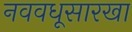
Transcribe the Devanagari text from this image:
नववधूसारखा